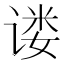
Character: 𫍴